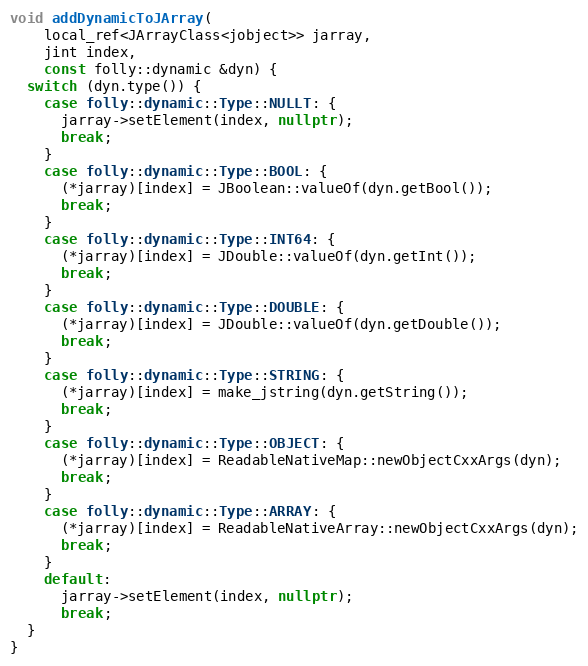
Language: C++
void addDynamicToJArray(
    local_ref<JArrayClass<jobject>> jarray,
    jint index,
    const folly::dynamic &dyn) {
  switch (dyn.type()) {
    case folly::dynamic::Type::NULLT: {
      jarray->setElement(index, nullptr);
      break;
    }
    case folly::dynamic::Type::BOOL: {
      (*jarray)[index] = JBoolean::valueOf(dyn.getBool());
      break;
    }
    case folly::dynamic::Type::INT64: {
      (*jarray)[index] = JDouble::valueOf(dyn.getInt());
      break;
    }
    case folly::dynamic::Type::DOUBLE: {
      (*jarray)[index] = JDouble::valueOf(dyn.getDouble());
      break;
    }
    case folly::dynamic::Type::STRING: {
      (*jarray)[index] = make_jstring(dyn.getString());
      break;
    }
    case folly::dynamic::Type::OBJECT: {
      (*jarray)[index] = ReadableNativeMap::newObjectCxxArgs(dyn);
      break;
    }
    case folly::dynamic::Type::ARRAY: {
      (*jarray)[index] = ReadableNativeArray::newObjectCxxArgs(dyn);
      break;
    }
    default:
      jarray->setElement(index, nullptr);
      break;
  }
}